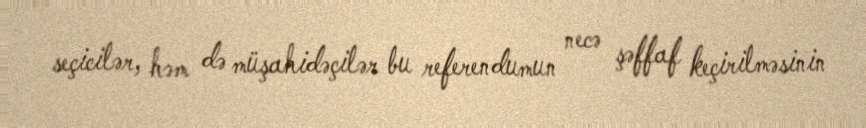
seçicilər, həm də müşahidəçilər bu referendumun necə şəffaf keçirilməsinin